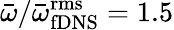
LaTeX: \bar{\omega}/\bar{\omega}_{\mathrm{fDNS}}^{\mathrm{rms}}=1.5